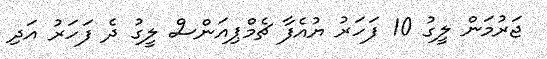
ޖަރުމަން ލީގު 10 ފަހަރު ޔުއެފާ ޗެމްޕިއަންސް ލީގު ދެ ފަހަރު އަދި